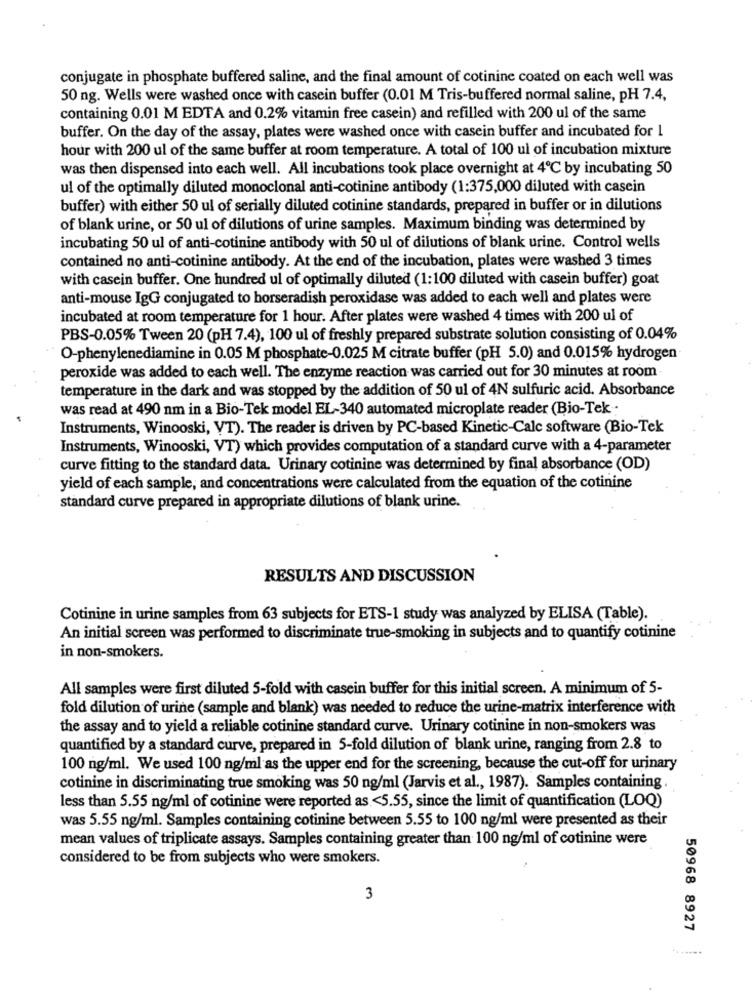
conjugate in phosphate buffered saline, and the final amount of cotinine coated on each well was
50 ng. Wells were washed once with casein buffer (0.01 M Tris-buffered normal saline, pH 7.4,
containing 0.01 M EDTA and 0.2% vitamin free casein) and refilled with 200 ul of the same
buffer. On the day of the assay, plates were washed once with casein buffer and incubated for 1
hour with 200 ul of the same buffer at room temperature. A total of 100 ul of incubation mixture
was then dispensed into each well. All incubations took place overnight at 4℃ by incubating 50
ul of the optimally diluted monoclonal anti-cotinine antibody (1:375,000 diluted with casein
buffer) with either 50 ul of serially diluted cotinine standards, prepared in buffer or in dilutions
of blank urine, or 50 ul of dilutions of urine samples. Maximum binding was determined by
incubating 50 ul of anti-cotinine antibody with 50 ul of dilutions of blank urine. Control wells
contained no anti-cotinine antibody. At the end of the incubation, plates were washed 3 times
with casein buffer. One hundred ul of optimally diluted (1:100 diluted with casein buffer) goat
anti-mouse IgG conjugated to horseradish peroxidase was added to each well and plates were
incubated at room temperature for 1 hour. After plates were washed 4 times with 200 ul of
PBS-0.05% Tween 20 (pH 7.4), 100 ul of freshly prepared substrate solution consisting of 0.04%
O-phenylenediamine in 0.05 M phosphate-0.025 M citrate buffer (pH 5.0) and 0.015% hydrogen
peroxide was added to each well. The enzyme reaction was carried out for 30 minutes at room
temperature in the dark and was stopped by the addition of 50 ul of 4N sulfuric acid. Absorbance
was read at 490 nm in a Bio-Tek model EL-340 automated microplate reader (Bio-Tek .
Instruments, Winooski, VT). The reader is driven by PC-based Kinetic-Calc software (Bio-Tek
Instruments, Winooski, VT) which provides computation of a standard curve with a 4-parameter
curve fitting to the standard data. Urinary cotinine was determined by final absorbance (OD)
yield of each sample, and concentrations were calculated from the equation of the cotinine
standard curve prepared in appropriate dilutions of blank urine.
RESULTS AND DISCUSSION
Cotinine in urine samples from 63 subjects for ETS-1 study was analyzed by ELISA (Table).
An initial screen was performed to discriminate true-smoking in subjects and to quantify cotinine
in non-smokers.
All samples were first diluted 5-fold with casein buffer for this initial screen. A minimum of 5-
fold dilution of urine (sample and blank) was needed to reduce the urine-matrix interference with
the assay and to yield a reliable cotinine standard curve. Urinary cotinine in non-smokers was
quantified by a standard curve, prepared in 5-fold dilution of blank urine, ranging from 2.8 to
100 ng/ml. We used 100 ng/ml as the upper end for the screening, because the cut-off for urinary
cotinine in discriminating true smoking was 50 ng/ml (Jarvis et al ., 1987). Samples containing.
less than 5.55 ng/ml of cotinine were reported as <5.55, since the limit of quantification (LOQ)
was 5.55 ng/ml. Samples containing cotinine between 5.55 to 100 ng/ml were presented as their
mean values of triplicate assays. Samples containing greater than 100 ng/ml of cotinine were
considered to be from subjects who were smokers.
3
50968 8927